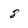
Character: 8